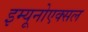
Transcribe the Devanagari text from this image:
इम्यूनोएक्सल